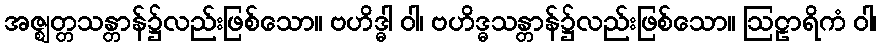
အဇ္ဈတ္တသန္တာန်၌လည်းဖြစ်သော။ ဗဟိဒ္ဓါ ဝါ၊ ဗဟိဒ္ဓသန္တာန်၌လည်းဖြစ်သော။ ဩဠာရိကံ ဝါ၊